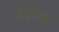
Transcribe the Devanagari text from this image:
संयुग्मिक